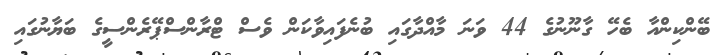
ބޭންކިންއާ ބެހޭ ގާނޫނުގެ 44 ވަނަ މާއްދާގައި ބުނެފައިވާކަން ވެސް ޓްރާންސްޕޭރެންސީގެ ބަޔާނުގައި